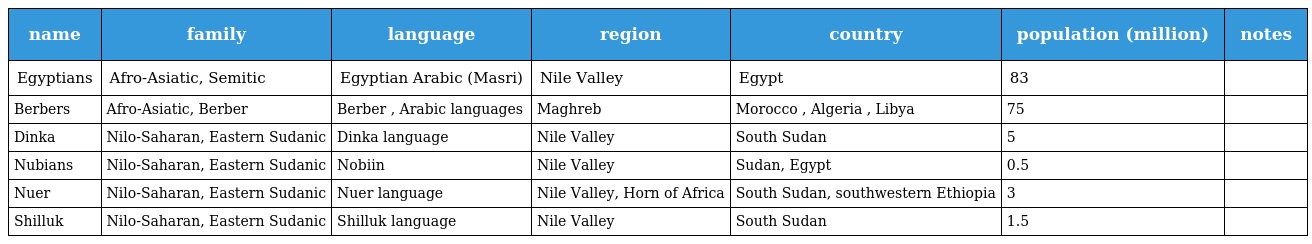
| name | family | language | region | country | population (million) | notes |
 | --- | --- | --- | --- | --- | --- | --- |
 | Egyptians | Afro-Asiatic, Semitic | Egyptian Arabic (Masri) | Nile Valley | Egypt | 83 |  |
 | Berbers | Afro-Asiatic, Berber | Berber , Arabic languages | Maghreb | Morocco , Algeria , Libya | 75 |  |
 | Dinka | Nilo-Saharan, Eastern Sudanic | Dinka language | Nile Valley | South Sudan | 5 |  |
 | Nubians | Nilo-Saharan, Eastern Sudanic | Nobiin | Nile Valley | Sudan, Egypt | 0.5 |  |
 | Nuer | Nilo-Saharan, Eastern Sudanic | Nuer language | Nile Valley, Horn of Africa | South Sudan, southwestern Ethiopia | 3 |  |
 | Shilluk | Nilo-Saharan, Eastern Sudanic | Shilluk language | Nile Valley | South Sudan | 1.5 |  |